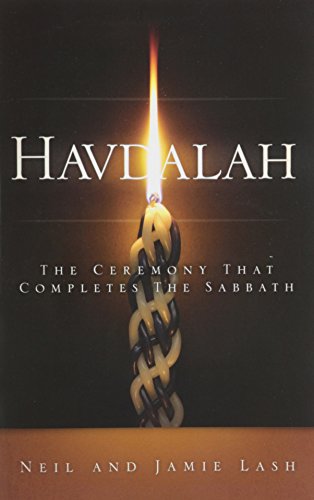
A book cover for Havdalah; Neil Lash; Christian Books & Bibles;